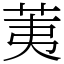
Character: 荑